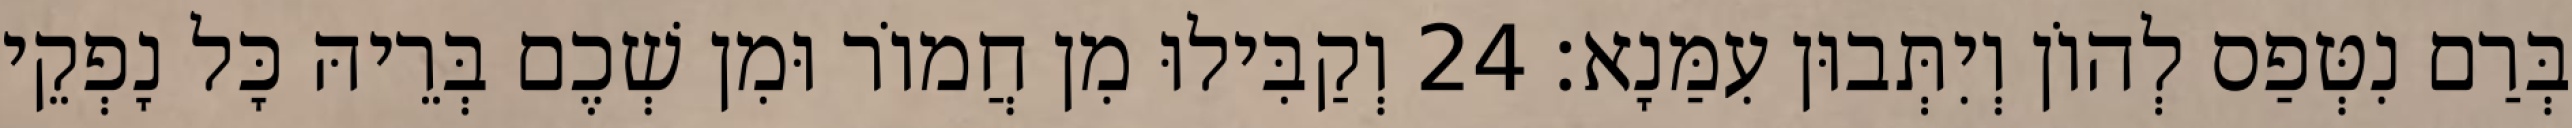
בְּרַם נִטְּפַס לְהוֹן וְיִתְּבוּן עִמַּנָא׃ 24 וְקַבִּילוּ מִן חֲמוֹר וּמִן שְׁכֶם בְּרֵיהּ כָּל נָפְקֵי